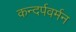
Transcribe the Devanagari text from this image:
कन्दर्पवर्मन